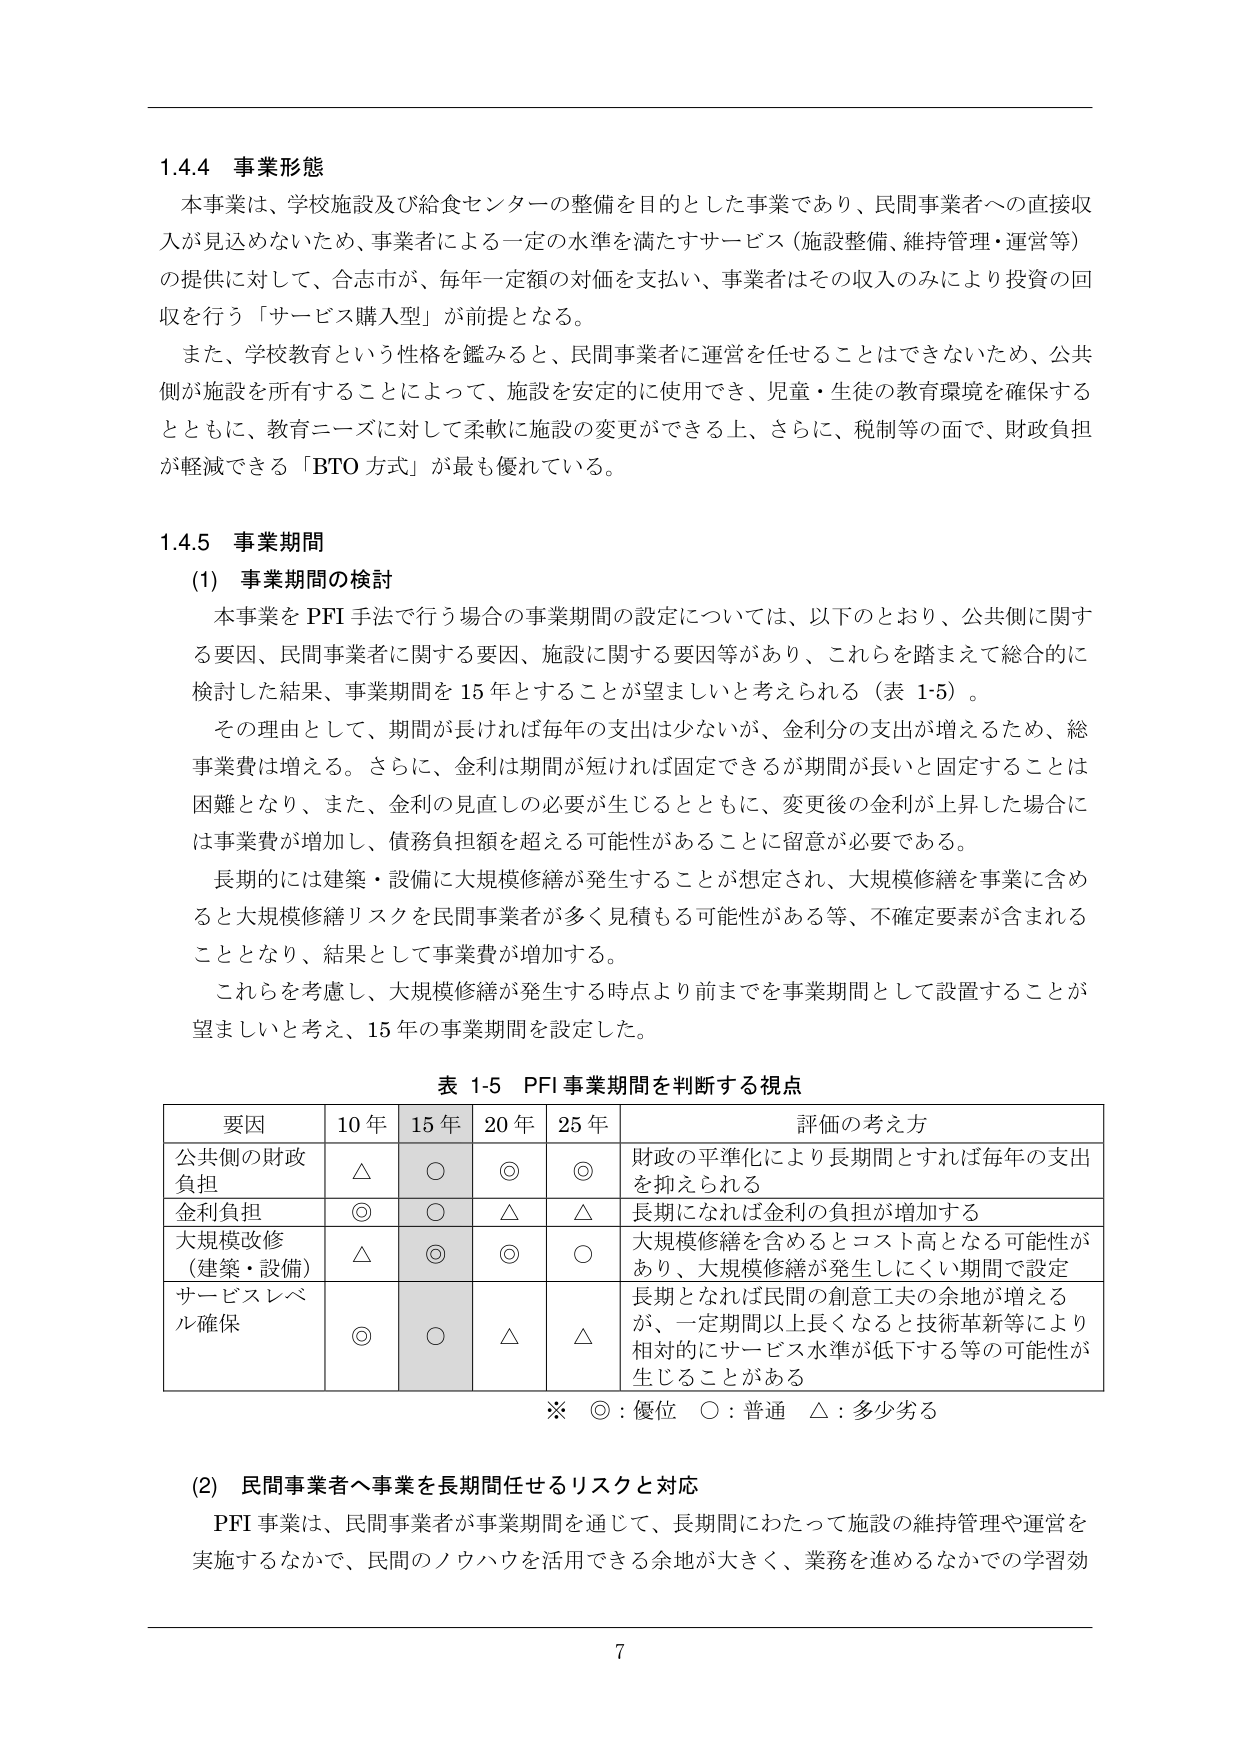
1.4.4 事業形態
本事業は、学校施設及び給食センターの整備を目的とした事業であり、民間事業者への直接収入が見込めないため、事業者による一定の水準を満たすサービス（施設整備、維持管理・運営等）の提供に対して、合志市が、毎年一定額の対価を支払い、事業者はその収入のみにより投資の回収を行う「サービス購入型」が前提となる。
また、学校教育という性格を鑑みると、民間事業者に運営を任せることはできないため、公共側が施設を所有することによって、施設を安定的に使用でき、児童・生徒の教育環境を確保するとともに、教育ニーズに対して柔軟に施設の変更ができる上、さらに、税制等の面で、財政負担が軽減できる「BTO方式」が最も優れている。

1.4.5 事業期間
(1) 事業期間の検討
本事業をPFI手法で行う場合の事業期間の設定については、以下のとおり、公共側に関する要因、民間事業者に関する要因、施設に関する要因等があり、これらを踏まえて総合的に検討した結果、事業期間を15年とすることが望ましいと考えられる（表1-5）。
その理由として、期間が長ければ毎年の支出は少ないが、金利分の支出が増えるため、総事業費は増える。さらに、金利は期間が短ければ固定できるが期間が長いと固定することは困難となり、また、金利の見直しの必要が生じるとともに、変更後の金利が上昇した場合には事業費が増加し、債務負担額を超える可能性があることに留意が必要である。
長期的には建築・設備に大規模修繕が発生することが想定され、大規模修繕を事業に含めると大規模修繕リスクを民間事業者が多く見積もる可能性がある等、不確定要素が含まれることとなり、結果として事業費が増加する。
これらを考慮し、大規模修繕が発生する時点より前までを事業期間として設置することが望ましいと考え、15年の事業期間を設定した。

表1-5 PFI事業期間を判断する視点
| 要因 | 10年 | 15年 | 20年 | 25年 | 評価の考え方 |
|---|---|---|---|---|---|
| 公共側の財政負担 | △ | ○ | ◎ | ◎ | 財政の平準化により長期間とすれば毎年の支出を抑えられる |
| 金利負担 | ◎ | ○ | △ | △ | 長期になれば金利の負担が増加する |
| 大規模改修（建築・設備） | △ | ◎ | ◎ | ○ | 大規模修繕を含めるとコスト高となる可能性があり、大規模修繕が発生しにくい期間で設定 |
| サービスレベル確保 | ◎ | ○ | △ | △ | 長期となれば民間の創意工夫の余地が増えるが、一定期間以上長くなると技術革新等により相対的にサービス水準が低下する等の可能性が生じることがある |

※ ◎：優位　○：普通　△：多少劣る

(2) 民間事業者へ事業を長期間任せるリスクと対応
PFI事業は、民間事業者が事業期間を通じて、長期間にわたって施設の維持管理や運営を実施するなかで、民間のノウハウを活用できる余地が大きく、業務を進めるなかでの学習効

7